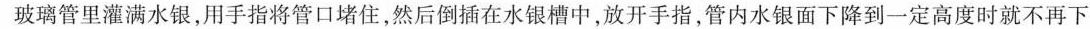
玻璃管里灌满水银，用手指将管口堵住，然后倒插在水银槽中，放开手指，管内水银面下降到一定高度时就不再下